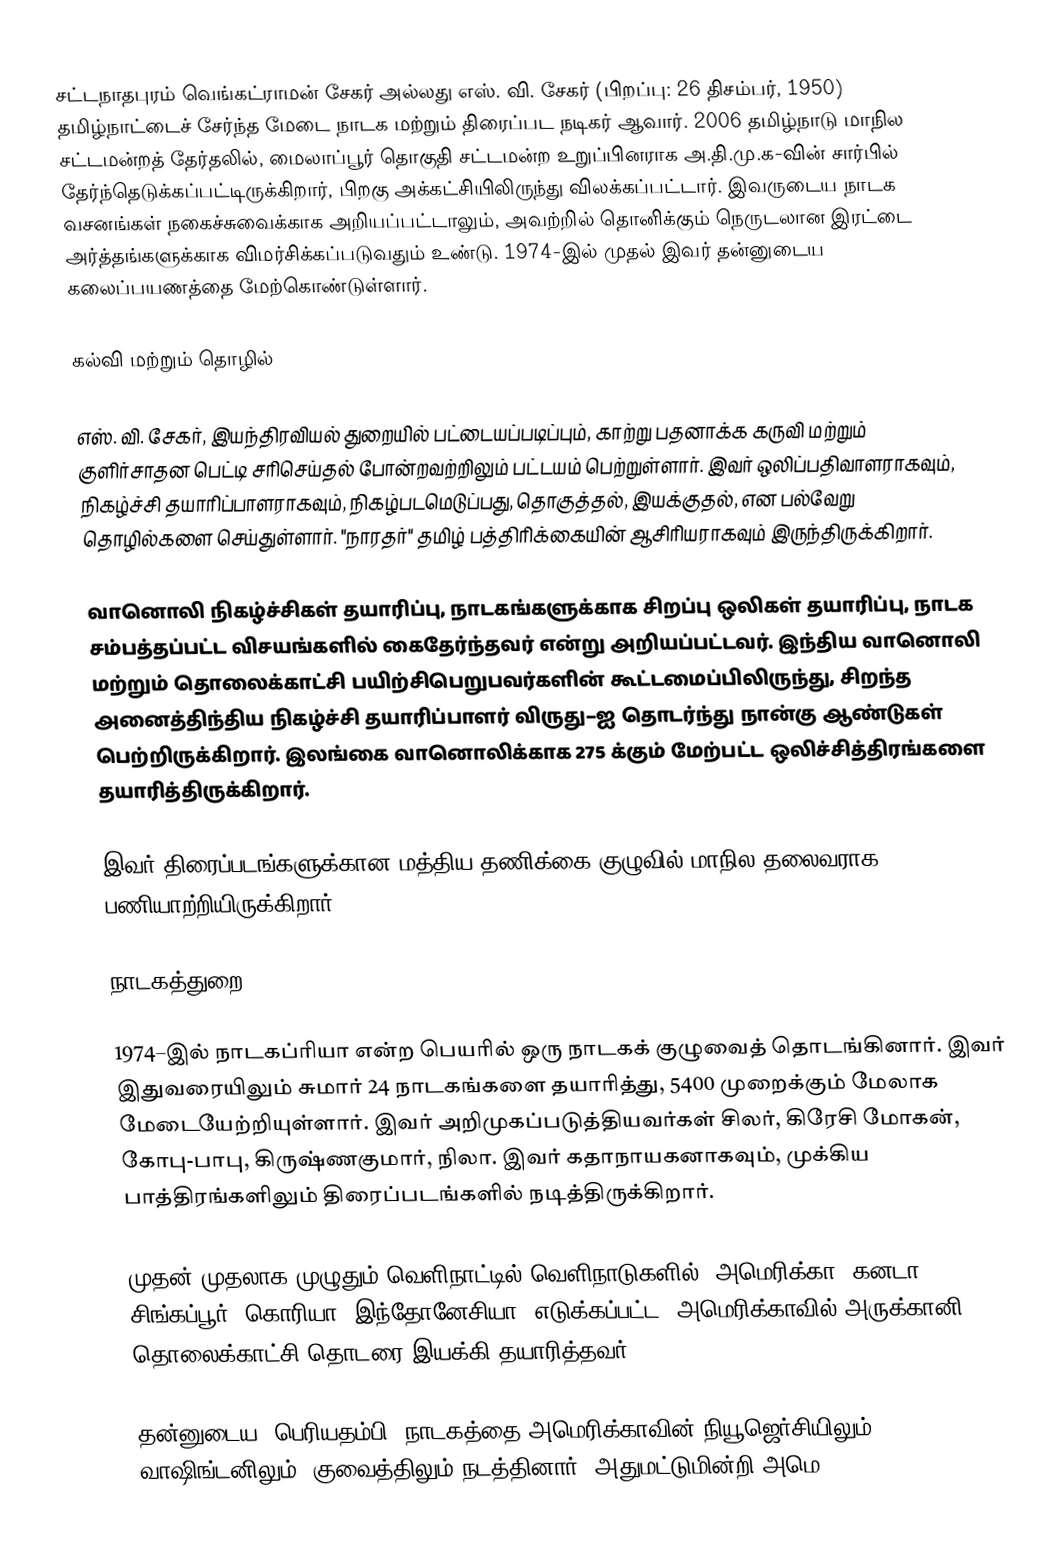
சட்டநாதபுரம் வெங்கட்ராமன் சேகர் அல்லது எஸ். வி. சேகர் (பிறப்பு: 26 திசம்பர், 1950) தமிழ்நாட்டைச் சேர்ந்த மேடை நாடக மற்றும் திரைப்பட நடிகர் ஆவார். 2006 தமிழ்நாடு மாநில சட்டமன்றத் தேர்தலில், மைலாப்பூர் தொகுதி சட்டமன்ற உறுப்பினராக அ.தி.மு.க-வின் சார்பில் தேர்ந்தெடுக்கப்பட்டிருக்கிறார், பிறகு அக்கட்சியிலிருந்து விலக்கப்பட்டார். இவருடைய நாடக வசனங்கள் நகைச்சுவைக்காக அறியப்பட்டாலும், அவற்றில் தொனிக்கும் நெருடலான இரட்டை அர்த்தங்களுக்காக விமர்சிக்கப்படுவதும் உண்டு. 1974-இல் முதல் இவர் தன்னுடைய கலைப்பயணத்தை மேற்கொண்டுள்ளார்.

கல்வி மற்றும் தொழில்

எஸ். வி. சேகர், இயந்திரவியல் துறையில் பட்டையப்படிப்பும், காற்று பதனாக்க கருவி மற்றும் குளிர்சாதன பெட்டி சரிசெய்தல் போன்றவற்றிலும் பட்டயம் பெற்றுள்ளார். இவர் ஒலிப்பதிவாளராகவும், நிகழ்ச்சி தயாரிப்பாளராகவும், நிகழ்படமெடுப்பது, தொகுத்தல், இயக்குதல், என பல்வேறு தொழில்களை செய்துள்ளார். "நாரதர்" தமிழ் பத்திரிக்கையின் ஆசிரியராகவும் இருந்திருக்கிறார்.

வானொலி நிகழ்ச்சிகள் தயாரிப்பு, நாடகங்களுக்காக சிறப்பு ஒலிகள் தயாரிப்பு, நாடக சம்பத்தப்பட்ட விசயங்களில் கைதேர்ந்தவர் என்று அறியப்பட்டவர். இந்திய வானொலி மற்றும் தொலைக்காட்சி பயிற்சிபெறுபவர்களின் கூட்டமைப்பிலிருந்து, சிறந்த அனைத்திந்திய நிகழ்ச்சி தயாரிப்பாளர் விருது–ஐ தொடர்ந்து நான்கு ஆண்டுகள் பெற்றிருக்கிறார். இலங்கை வானொலிக்காக 275 க்கும் மேற்பட்ட ஒலிச்சித்திரங்களை தயாரித்திருக்கிறார்.

இவர் திரைப்படங்களுக்கான மத்திய தணிக்கை குழுவில் மாநில தலைவராக பணியாற்றியிருக்கிறார்.

நாடகத்துறை

1974–இல் நாடகப்ரியா என்ற பெயரில் ஒரு நாடகக் குழுவைத் தொடங்கினார். இவர் இதுவரையிலும் சுமார் 24 நாடகங்களை தயாரித்து, 5400 முறைக்கும் மேலாக மேடையேற்றியுள்ளார். இவர் அறிமுகப்படுத்தியவர்கள் சிலர், கிரேசி மோகன், கோபு-பாபு, கிருஷ்ணகுமார், நிலா. இவர் கதாநாயகனாகவும், முக்கிய பாத்திரங்களிலும் திரைப்படங்களில் நடித்திருக்கிறார்.

முதன் முதலாக முழுதும் வெளிநாட்டில் வெளிநாடுகளில் (அமெரிக்கா, கனடா, சிங்கப்பூர், கொரியா, இந்தோனேசியா) எடுக்கப்பட்ட "அமெரிக்காவில் அருக்கானி" தொலைக்காட்சி தொடரை இயக்கி தயாரித்தவர்.

தன்னுடைய "பெரியதம்பி" நாடகத்தை அமெரிக்காவின் நியூஜெர்சியிலும், வாஷிங்டனிலும், குவைத்திலும் நடத்தினார். அதுமட்டுமின்றி அமெ